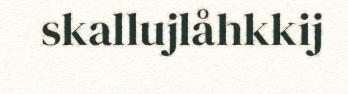
skallujlåhkkij